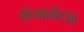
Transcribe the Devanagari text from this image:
शेनकोटाह